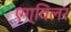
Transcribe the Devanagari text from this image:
एग्विलर